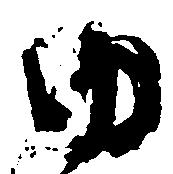
ゆ